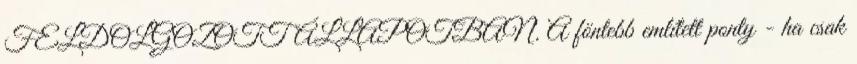
FELDOLGOZOTT ÁLLAPOTBAN. A föntebb említett ponty - ha csak